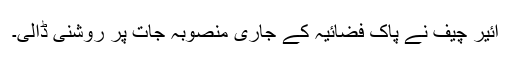
ائیر چیف نے پاک فضائیہ کے جاری منصوبہ جات پر روشنی ڈالی۔